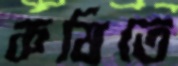
কষিতে